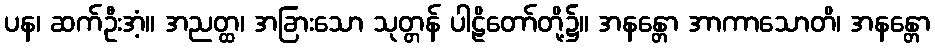
ပန၊ ဆက်ဦးအံ့။ အညတ္ထ၊ အခြားသော သုတ္တန် ပါဠိတော်တို့၌။ အနန္တော အာကာသောတိ၊ အနန္တော